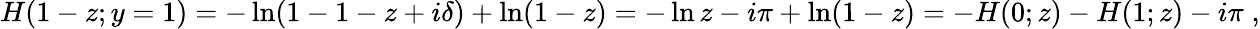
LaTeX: H(1-z;y=1)=-\ln(1-1-z+i\delta)+\ln(1-z)=-\ln z-i\pi+\ln(1-z)=-H(0;z)-H(1;z)-i\pi\; ,